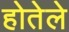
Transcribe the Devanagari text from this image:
होतेले